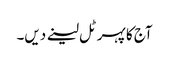
آج کا پہر ٹل لینے دیں۔